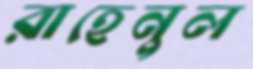
রাহেনুল